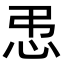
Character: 𪫥